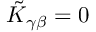
\tilde { K } _ { \gamma \beta } = 0